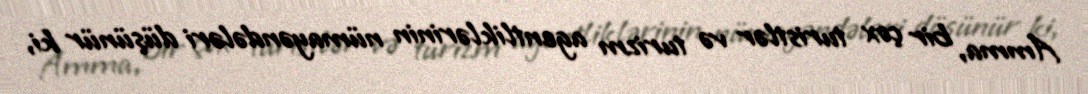
Amma, bir çox turistlər və turizm agentliklərinin nümayəndələri düşünür ki,